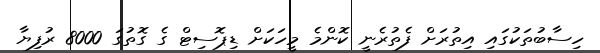
ހިސާބުތަކުގައި އިތުރަށް ފެތުރެނީ ކޮންމެ މީހަކަށް ޑިޕޮސިޓް ގެ ގޮތުގަ 8000 ރުފިޔާ